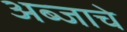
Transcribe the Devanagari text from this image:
अब्जाचे